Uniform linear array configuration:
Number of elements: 8
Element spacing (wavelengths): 0.75
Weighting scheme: exponential
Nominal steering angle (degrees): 15
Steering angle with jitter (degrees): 14.161
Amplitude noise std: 0.05
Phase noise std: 0.05

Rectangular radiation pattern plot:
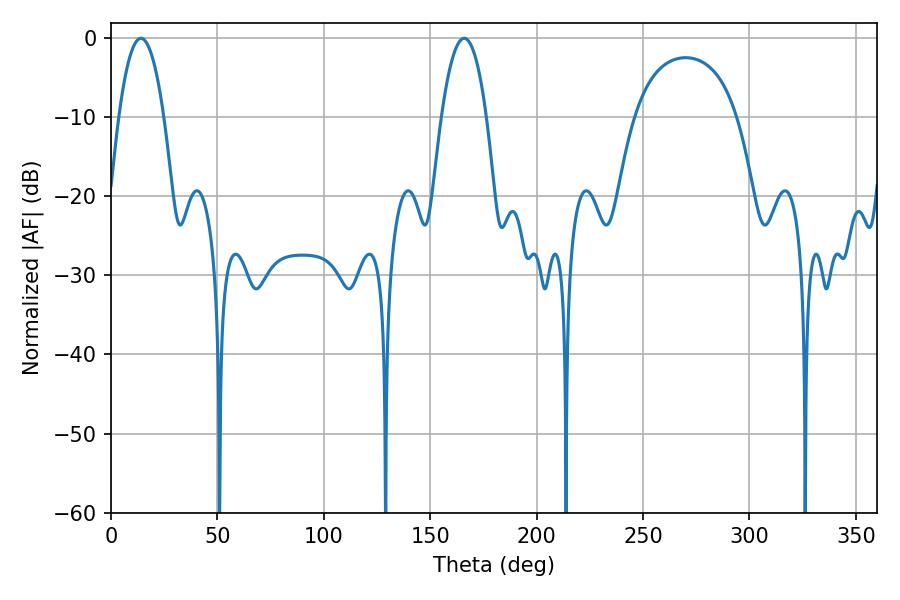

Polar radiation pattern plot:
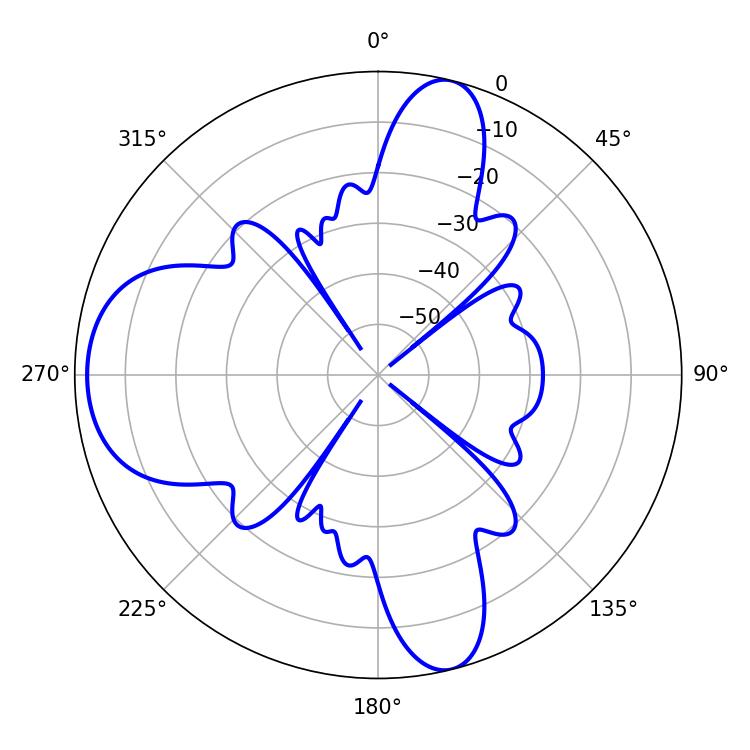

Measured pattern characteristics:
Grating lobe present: TRUE
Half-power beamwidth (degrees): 11.7
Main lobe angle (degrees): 14.04